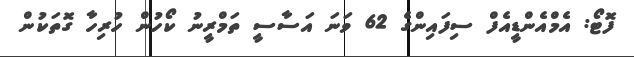
ފޮޓޯ: އެމްއެންޑީއެފް ސިފައިންގެ 62 ވަނަ އަސާސީ ތަމްރީނު ކޯހުން ހުރިހާ ގޮތަކުން